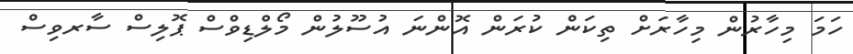
ހަމަ މިހާރުން މިހާރަށް ތިކަން ކުރަން އޮންނަ އުސޫލުން މޯލްޑިވްސް ޕޮލިސް ސާރވިސް